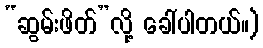
“ဆွမ်းဖိတ်”လို့ ခေါ်ပါတယ်။)